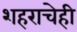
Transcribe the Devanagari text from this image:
शहराचेही